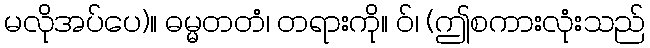
မလိုအပ်ပေ)။ ဓမ္မတတံ၊ တရားကို။ ဝ်၊ (ဤစကားလုံးသည်